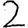
Digit: 2